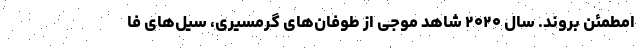
امطمئن بروند. سال ۲۰۲۰ شاهد موجی از طوفان‌های گرمسیری، سیل‌های فا